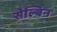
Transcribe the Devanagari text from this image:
सेल्बिन